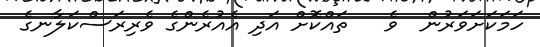
ހަމަކަށަވަރުން  ވެ   ތައްކޮށް އަދި އެއުރެންގެ ވެރިރަސްކަލާނގެ